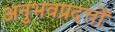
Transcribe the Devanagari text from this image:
अनुभवप्रदत्तों